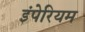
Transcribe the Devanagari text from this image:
इंपेरियम